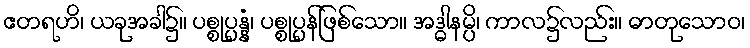
ဧတရဟိ၊ ယခုအခါ၌။ ပစ္စုပ္ပန္နံ၊ ပစ္စုပ္ပန်ဖြစ်သော။ အဒ္ဓါနမ္ပိ၊ ကာလ၌လည်း။ ဓာတုသောဝ၊